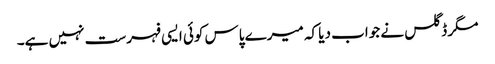
مگر ڈگلس نے جواب دیا کہ میرے پاس کوئی ایسی فہرست نہیں ہے۔